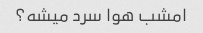
امشب هوا سرد میشه؟